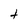
Character: t